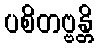
ပစိတဗ္ဗန္တိ